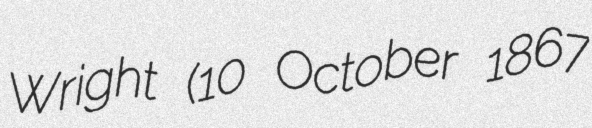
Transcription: Wright (10 October 1867